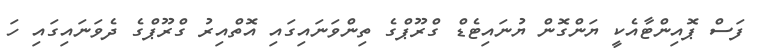
ފަސް ޕޮއިންޓާއެކީ ޔަންގޮން ޔުނައިޓެޑް ގްރޫޕްގެ ތިންވަނައިގައި އޮތްއިރު ގްރޫޕްގެ ދެވަނައިގައި ހަ